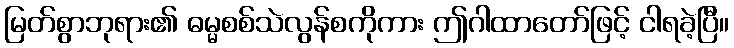
မြတ်စွာဘုရား၏ ဓမ္မစစ်သဲလွန်စကိုကား ဤဂါထာတော်ဖြင့် ငါရခဲ့ပြီ။